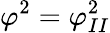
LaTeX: \varphi^{2}=\varphi_{II}^{2}